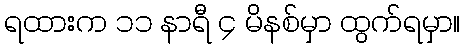
ရထားက ၁၁ နာရီ ၄ မိနစ်မှာ ထွက်ရမှာ။